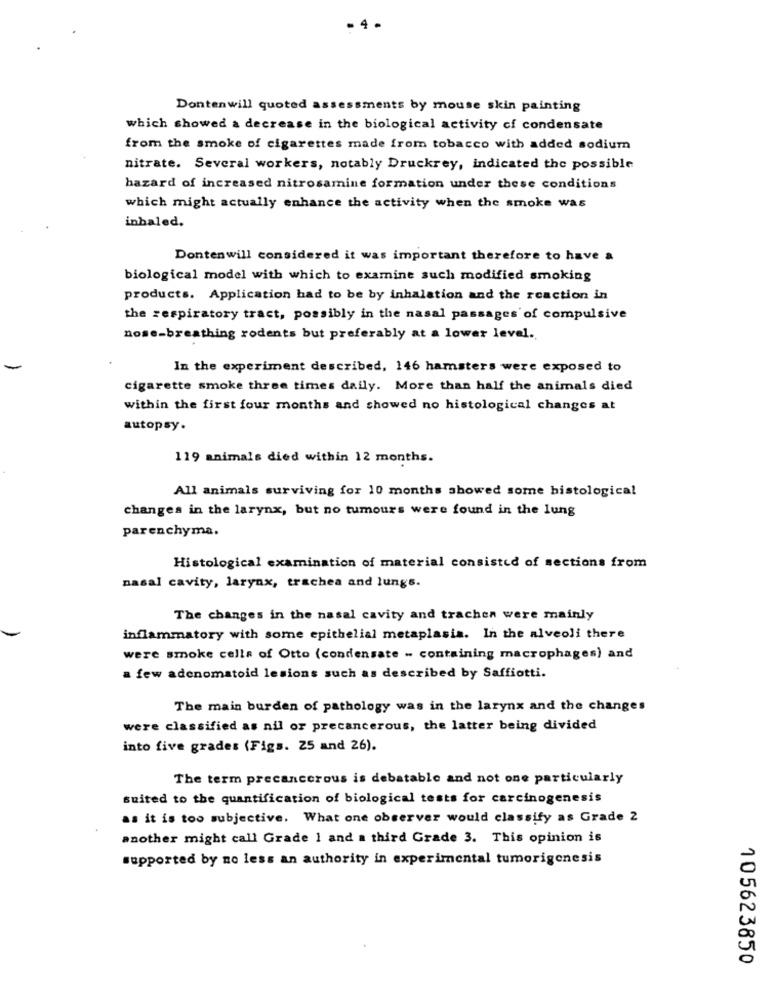
- 4 -
Dontenwill quoted assessments by mouse skin painting
which showed a decrease in the biological activity cf condensate
from the smoke of cigarettes made from tobacco with added sodium
nitrate. Several workers, notably Druckrey, indicated the possible
hazard of increased nitrosamine formation under these conditions
which might actually enhance the activity when the smoke was
inhaled.
Dontenwill considered it was important therefore to have a
biological model with which to examine such modified smoking
products. Application had to be by inhalation and the reaction in
the respiratory tract, possibly in the nasal passages of compulsive
nose-breathing rodents but preferably at a lower level.
In the experiment described, 146 hamsters were exposed to
cigarette smoke three times daily. More than half the animals died
within the first four months and showed no histological changes at
autopsy.
119 animals died within 12 months.
All animals surviving for 10 months showed some histological
changes in the larynx, but no tumours were found in the lung
parenchyma.
Histological examination of material consisted of sections from
nasal cavity, larynx, trachea and lungs.
The changes in the nasal cavity and trachen were mainly
inflammatory with some epithelial metaplasia. In the alveoli there
were smoke cells of Otto (condensate - containing macrophages) and
a few adenomatoid lesions such as described by Saffiotti.
The main burden of pathology was in the larynx and the changes
were classified as nil or precancerous, the latter being divided
into five grades (Figs. 25 and 26).
The term precancerous is debatable and not one particularly
suited to the quantification of biological tests for carcinogenesis
as it is too subjective. What one observer would classify as Grade 2
another might call Grade 1 and a third Grade 3. This opinion is
supported by no less an authority in experimental tumorigenesis
105623850